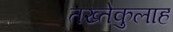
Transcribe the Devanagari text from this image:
तख्तेकुलाह